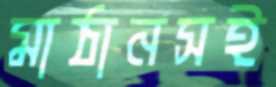
মাঠানসই